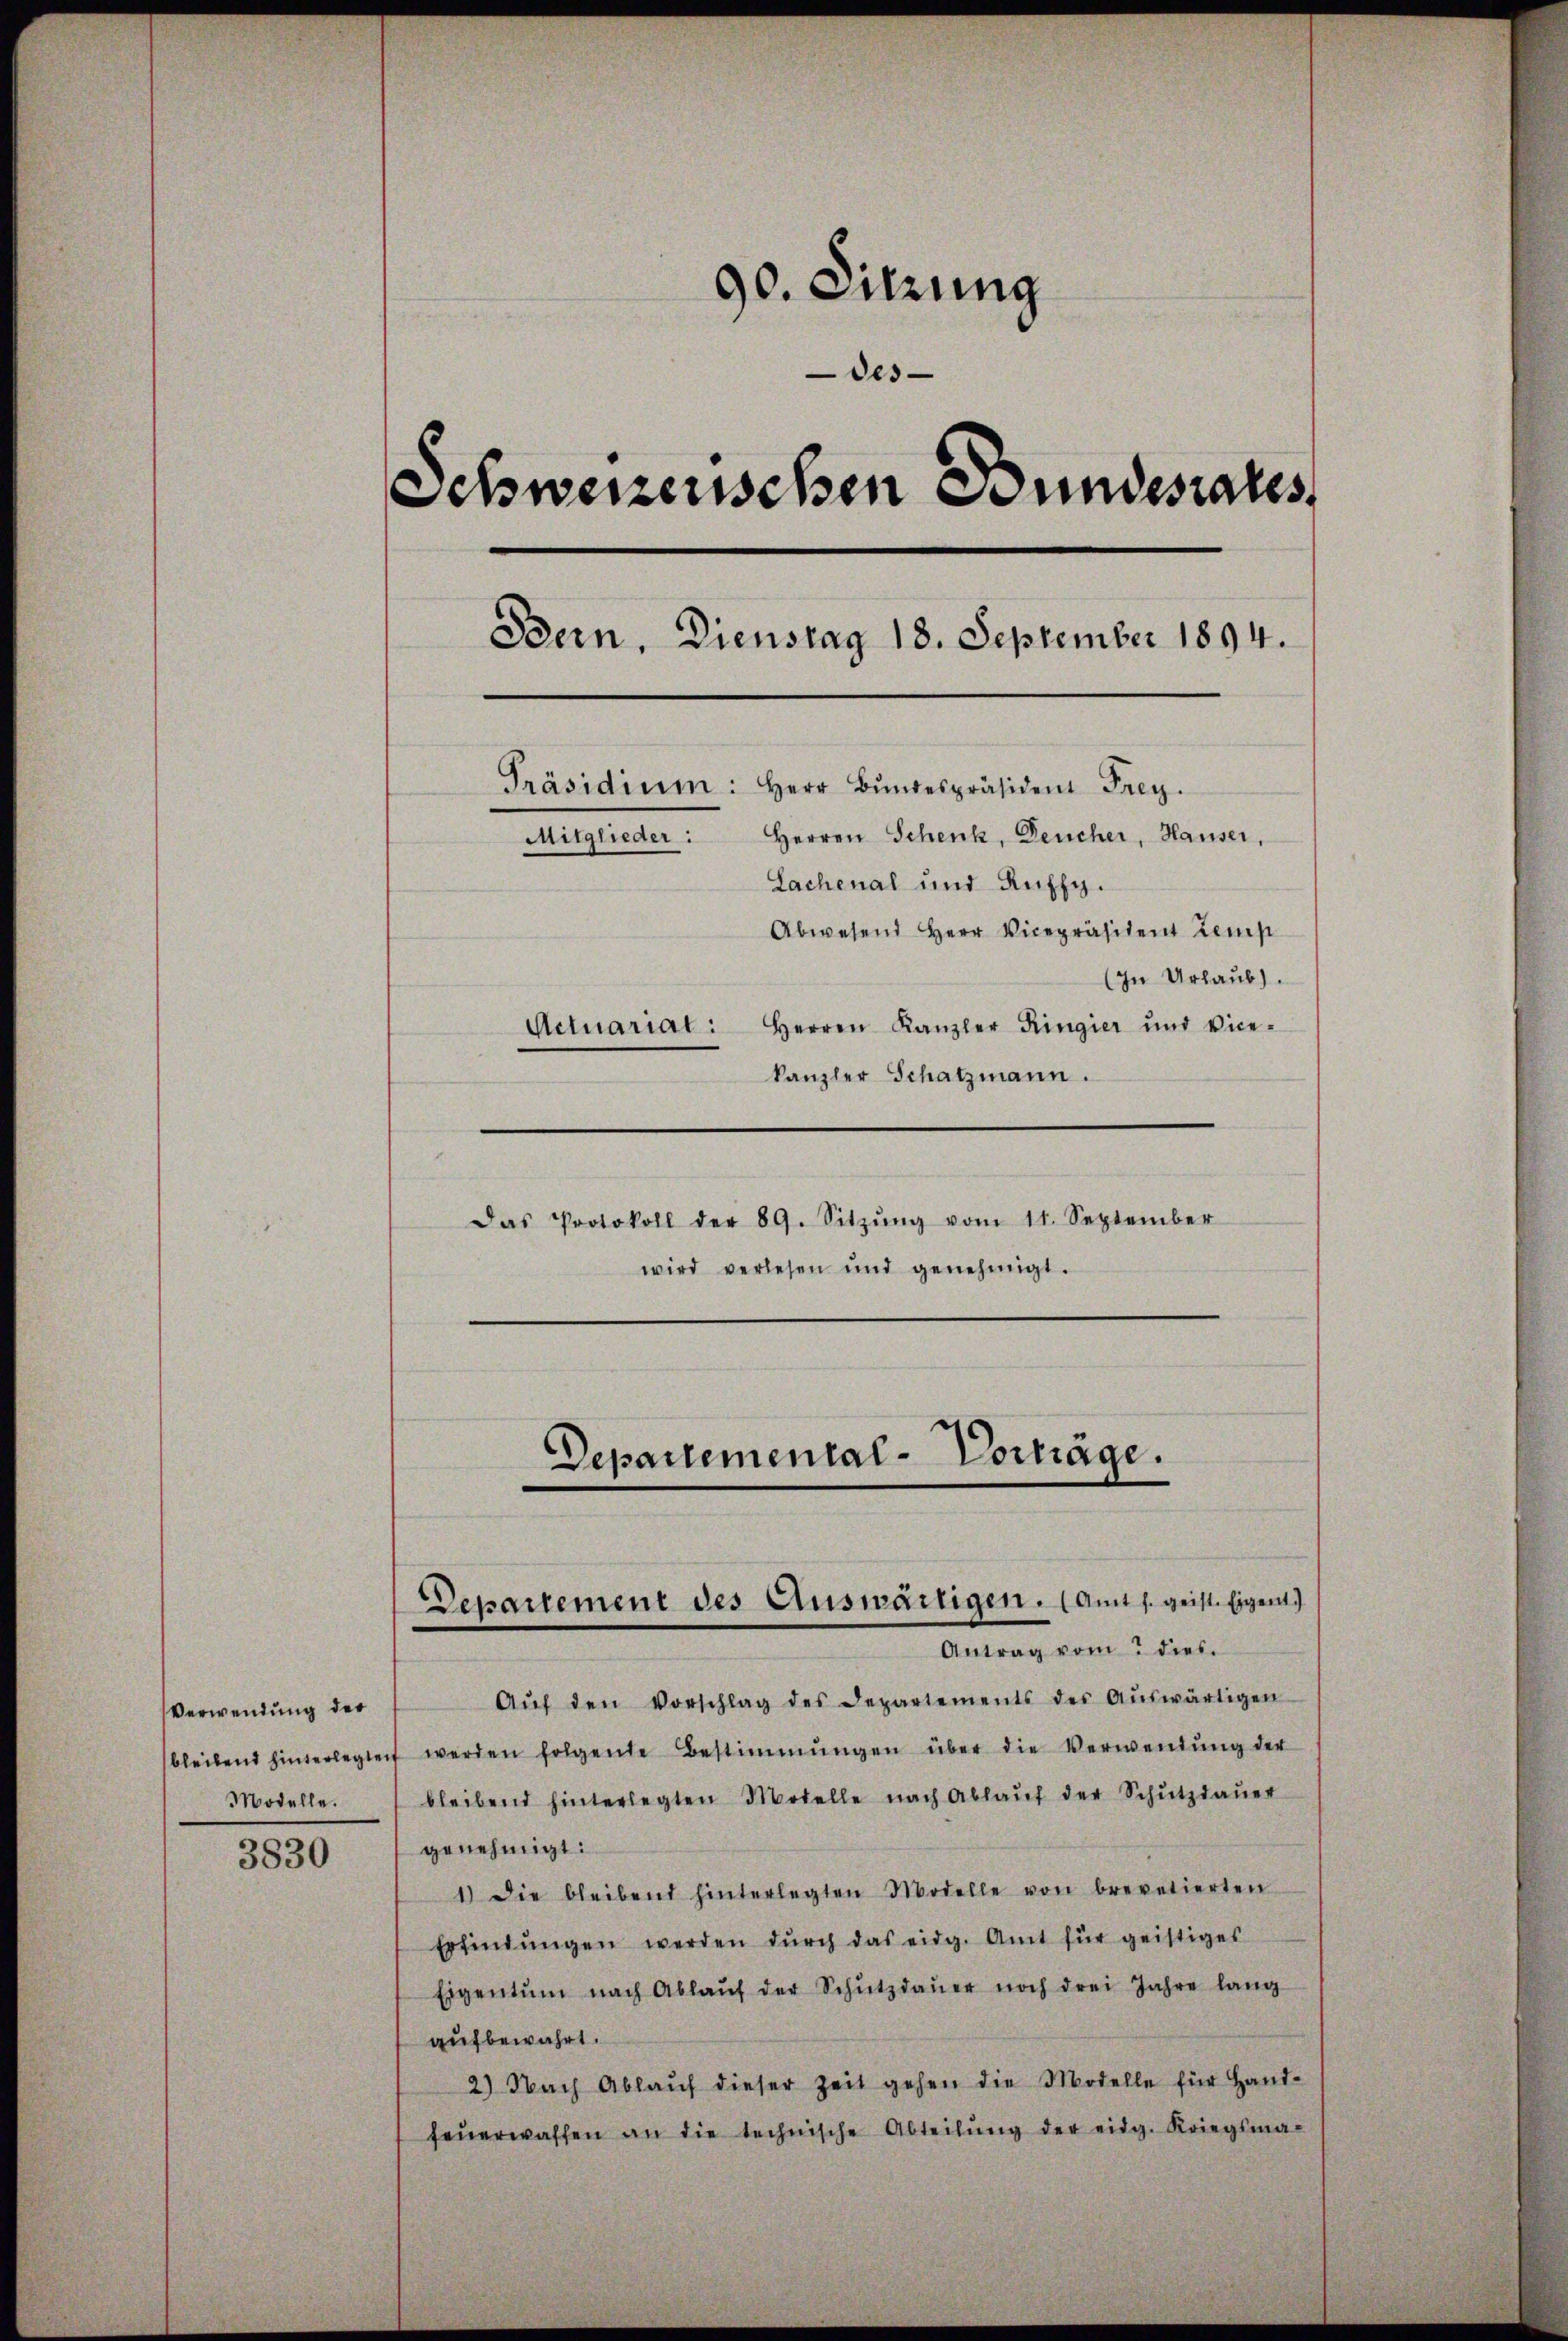
Verwendung der
Modelle.

3830

90. Sitzung
des
Schweizerischen Bundesrates
Bern, Dienstag 18. September 1894.
Präsidium: Herr Bŭndespräsident Frey.
Herren Schenk, Deucher, Hauser,
Mitglieder:
Sachenal und Auffy.
Abwesend Herr Vicepräsident Zemp
(In Urlaub.
Actuarial: Herren Kanzler Ringier und Vice-
kanzler Schatzmann.

Das Protokoll der 89. Sitzŭng vom 11. September
wird verlesen und genehmigt.

Aŭf den Vorschlag des Departements der Aŭswärtigen
bleibend hinterlegteit werden folgende Bestimmungen über die Verwendŭng der
bleibend hinterlegten Motelle nach Ablaŭf der Schŭtzdaŭer
genehmigt:
1) Die bleibend hinterlegten Modelle von brevetierten
Erfindŭngen werden dŭrch das eidg. Amt für geistiges
Eigentum nach Ablaŭf der Schŭtzdaŭer noch drei Jahre lang
aufbewahrt.
2) Nach Ablaŭf dieser Zeit gehen die Modelle für Hand-
feŭerwaffen an die technische Abteilŭng der eidg. Kriegsma-

Departemental-Vorträge.
Departement des Auswärtigen. (Amt s. geist. Eigent

Antrag vom 2 dies.